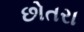
છોતરા